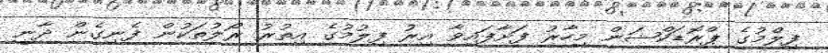
ފިލްމުގެ ޕްރޮޑަކްޝަން މިހާރު ފަށާފައިވާ އިރު ފިލުމުގެ އިތުރު ރޯލުތަކުން ފެނިގެން ދާނީ